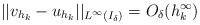
\begin{align*} ||v_{h_k} - u_{h_k}||_{L^\infty(I_\delta)} = O_\delta(h_k^\infty)\end{align*}